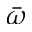
\bar { \omega }